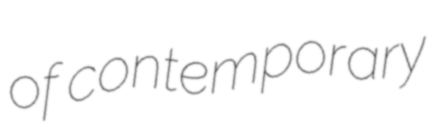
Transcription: of contemporary